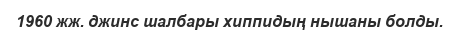
1960 жж. джинс шалбары хиппидың нышаны болды.